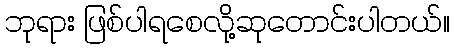
ဘုရား ဖြစ်ပါရစေလို့ဆုတောင်းပါတယ်။